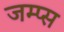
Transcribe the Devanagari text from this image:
जम्प्स